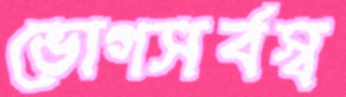
ভোগসর্বস্ব